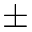
\pm